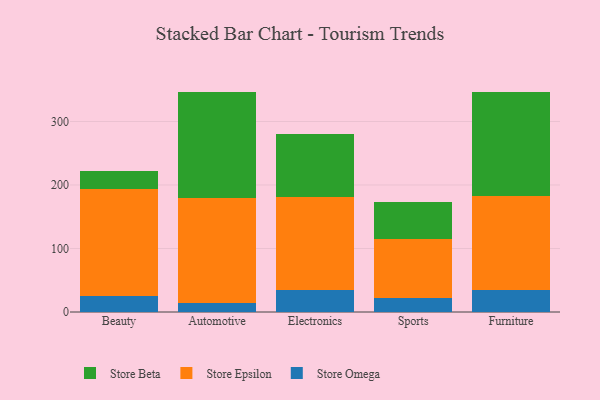
{"axis": {"x": "Category", "y": "Shipments"}, "legend": ["Store Beta", "Store Epsilon", "Store Omega"], "data": [{"x": "Beauty", "y": 25.8, "type": "Store Omega"}, {"x": "Beauty", "y": 168.5, "type": "Store Epsilon"}, {"x": "Beauty", "y": 27.4, "type": "Store Beta"}, {"x": "Automotive", "y": 14.2, "type": "Store Omega"}, {"x": "Automotive", "y": 165.9, "type": "Store Epsilon"}, {"x": "Automotive", "y": 167.0, "type": "Store Beta"}, {"x": "Electronics", "y": 34.9, "type": "Store Omega"}, {"x": "Electronics", "y": 146.3, "type": "Store Epsilon"}, {"x": "Electronics", "y": 99.4, "type": "Store Beta"}, {"x": "Sports", "y": 22.8, "type": "Store Omega"}, {"x": "Sports", "y": 92.4, "type": "Store Epsilon"}, {"x": "Sports", "y": 58.8, "type": "Store Beta"}, {"x": "Furniture", "y": 35.0, "type": "Store Omega"}, {"x": "Furniture", "y": 147.1, "type": "Store Epsilon"}, {"x": "Furniture", "y": 163.9, "type": "Store Beta"}]}